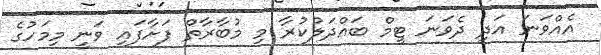
އެއްވަނަ އަދި ދެވަނަ ޓީމް ބައްދަލުކުރާ މި މުބާރާތް ފަށާފައި ވަނީ މިމަހުގެ